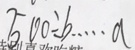
5 0 0 \div b \cdots a